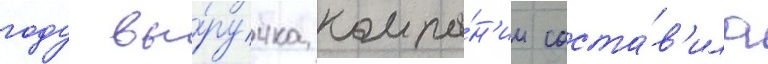
году вы́ручка компа́н'ии соста́в'ила